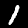
Label: 1